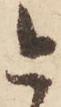
今